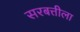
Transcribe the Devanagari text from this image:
सरबत्तीला